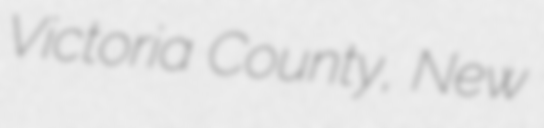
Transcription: Victoria County, New